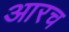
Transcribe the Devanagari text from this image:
आरच